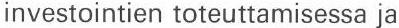
investointien toteuttamisessa ja